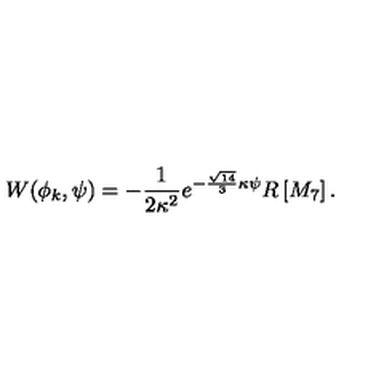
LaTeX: { W ( \phi _ { k } , \psi ) = - \frac { 1 } { 2 \kappa ^ { 2 } } e ^ { - \frac { \sqrt { 1 4 } } { 3 } \kappa \psi } R \left[ M _ { 7 } \right] . }